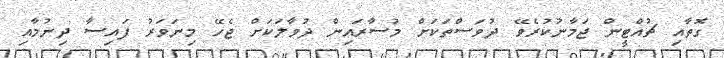
ގޮތާއި ޗުއްޓީން ޖަމާނުކުރެވޭ ދުވަސްތަކަށް މުސާރައިން ދުވާލަކަށް ޖެހޭ މިނަވަރު ފައިސާ ދިނުމާއި